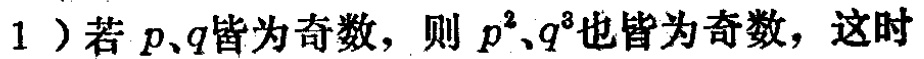
1）若 \(p、q\) 皆为奇数，则 \(p^{2}、q^{3}\) 也皆为奇数，这时